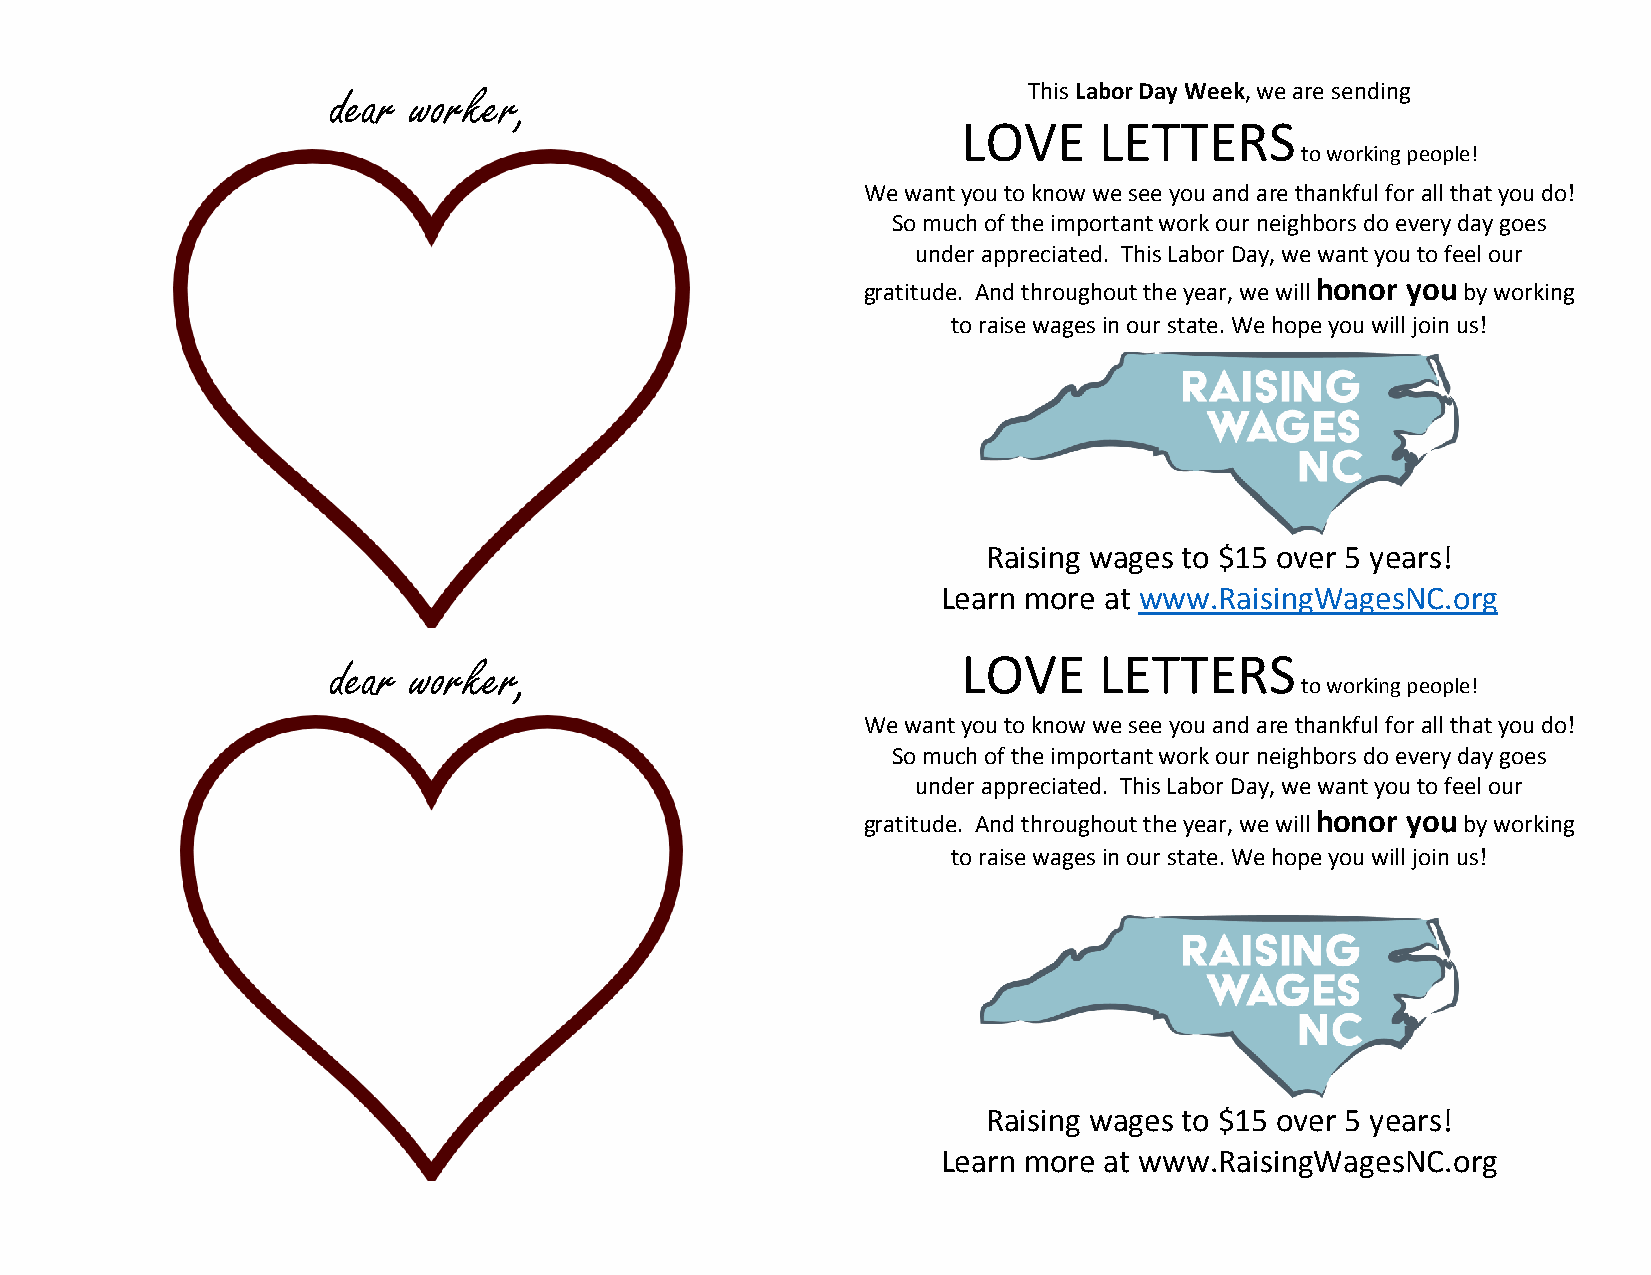
dear worker,                                  This Labor Day Week, we are sending
 LOVE     LETTERS
 to working people!
 We want you to know we see you and are thankful for all that you do!
 So much of the important work our neighbors do every day goes
 under appreciated. This Labor Day, we want you to feel our
 gratitude. And throughout the year, we will honor you by working
 to raise wages in our state. We hope you will join us!
 Raising wages to $15 over 5 years!
 Learn more at www.RaisingWagesNC.org
 LOVE     LETTERS
 dear worker,
 to working people!
 We want you to know we see you and are thankful for all that you do!
 So much of the important work our neighbors do every day goes
 under appreciated. This Labor Day, we want you to feel our
 gratitude. And throughout the year, we will honor you by working
 to raise wages in our state. We hope you will join us!
 Raising wages to $15 over 5 years!
 Learn more at www.RaisingWagesNC.org